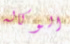
الوكاله